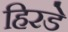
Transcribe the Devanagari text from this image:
हिरडे